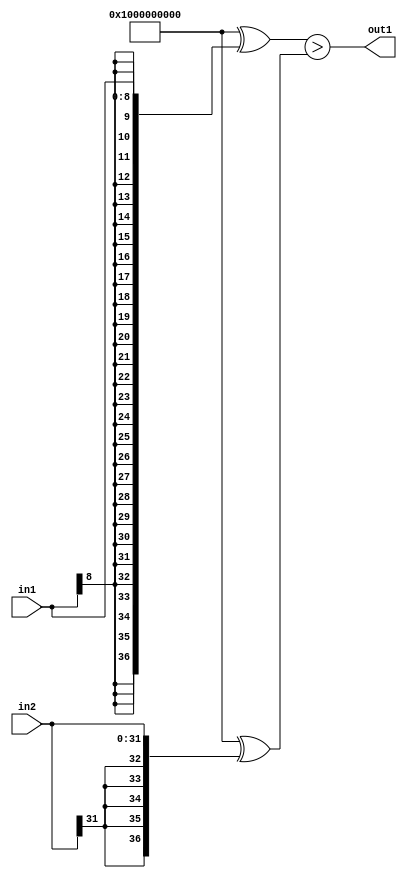
`timescale 1ps / 1ps
/*****************************************************************************
    Verilog RTL Description
    
    
    Created by: Stratus DpOpt 2019.1.01 
*******************************************************************************/

module GaussFilter_LessThan_32Sx9S_1U_1 (
	in2,
	in1,
	out1
	); /* architecture "behavioural" */ 
input [31:0] in2;
input [8:0] in1;
output  out1;
wire  asc001;

assign asc001 = ((37'B1000000000000000000000000000000000000 ^ {{28{in1[8]}}, in1})>(37'B1000000000000000000000000000000000000
    ^ {{5{in2[31]}}, in2}));

assign out1 = asc001;
endmodule

/* CADENCE  uLP2TQ8= : u9/ySgnWtBlWxVPRXgAZ4Og= ** DO NOT EDIT THIS LINE ******/